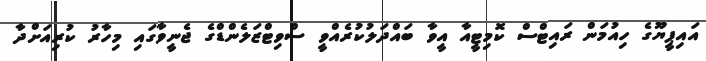
އައިޕީޔޫގެ ހިއުމަން ރައިޓްސް ކޮމިޓީއާ އީވާ ބައްދަލުކުރެއްވީ ސްވިޓްޒަލެންޑްގެ ޖެނީވާގައި މިހާރު ކުރިއަށްދާ